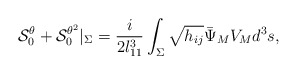
\begin{align*}{\cal S}^\theta_0+{\cal S}^{\theta^2}_0|_\Sigma={i\over2l_{11}^3}\int_\Sigma\sqrt{h_{ij}}{\bar\Psi}_MV_M d^3s,\end{align*}